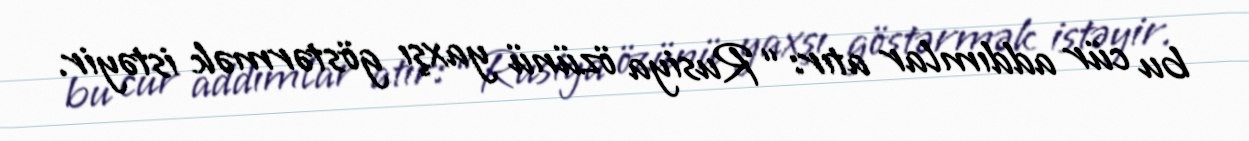
bu cür addımlar atır: “Rusiya özünü yaxşı göstərmək istəyir.